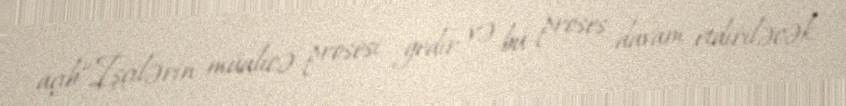
açıb.“İşçilərin müalicə prosesi gedir və bu proses davam etdiriləcək.